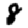
Digit: 8